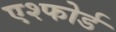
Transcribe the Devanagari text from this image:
एश्फोर्ड